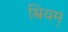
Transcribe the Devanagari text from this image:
स्त्रियम्